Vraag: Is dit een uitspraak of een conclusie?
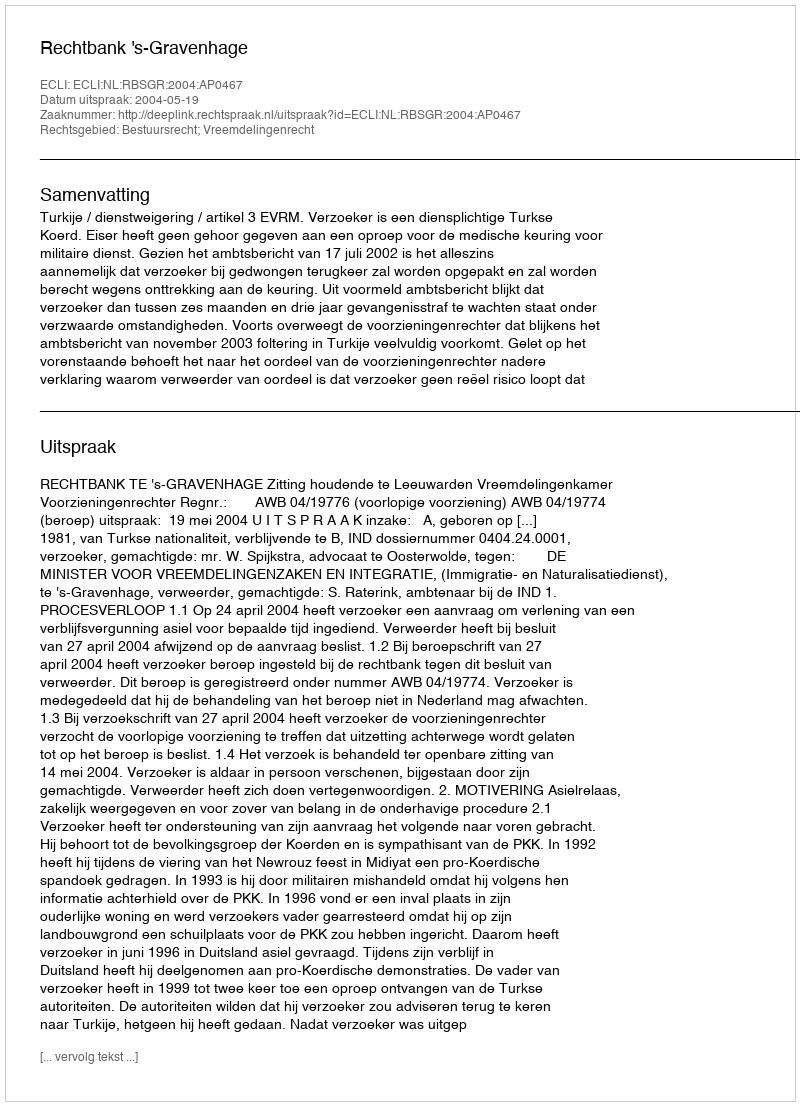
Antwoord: Uitspraak